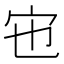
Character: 𡧀